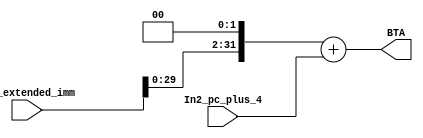
//Sign extend 16 bit offset 
//Shift by 2 / multiply by 4. PC is already word aligned, immediate value must be aligned 
//Add resulting 32 bit address to PC + 4 to obtain BTA
//Inputs: immediate (or offset) value already sign extended to 32bits
//Outputs: BTA (32bits)
module branch_calculator(In1_extended_imm, In2_pc_plus_4, BTA);
	
	input [31:0] In1_extended_imm;
	input [31:0] In2_pc_plus_4;
	
	output reg [31:0] BTA;
	
	always @(In1_extended_imm) begin
		BTA <= (In1_extended_imm << 2) + In2_pc_plus_4;
	end
endmodule



//Shift by 2 / multiply 26 bit value by 4
//Jumping is PC-relative, concatenate first 4 bits of PC to left of jump address.
//Resulting 32 bit address is the jump value.
//Inputs: Instr[25:0] - last 26 bits of instruction
//Outputs: Jump Address 32bits
module jump_calculator(In1_instruction, In2_pc_plus_4, Jump_Address);

	input [31:0] In1_instruction;
	input [31:0] In2_pc_plus_4;
	
	output reg [31:0] Jump_Address;
	reg [27:0] temp;
	
	always @(In1_instruction) begin
		temp <= In1_instruction[25:0] << 2;
		Jump_Address <= {In2_pc_plus_4[31:28],temp};
	end
endmodule